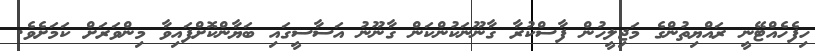
ހިފެހެއްޓޭނީ ރައްޔިތުންގެ މަޖިލީހުން ފާސްކުރާ ގާނޫނަކުންކަން ގާނޫނު އަސާސީގައި ބަޔާންކޮށްފައިވާ މިންވަރަށް ކަމަށެވެ.